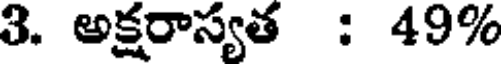
3. అక్షరాస్యత : 49%